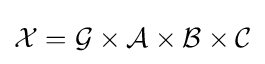
{\mathcal {X}}={\mathcal {G}}\times {\mathcal {A}}\times {\mathcal {B}}\times {\mathcal {C}}